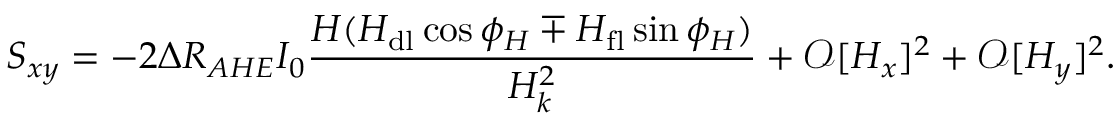
S _ { x y } = - 2 \Delta R _ { A H E } I _ { 0 } \frac { H ( H _ { \mathrm { d l } } \cos { \phi _ { H } } \mp H _ { \mathrm { f l } } \sin { \phi _ { H } } ) } { H _ { k } ^ { 2 } } + \mathcal { O } [ H _ { x } ] ^ { 2 } + \mathcal { O } [ H _ { y } ] ^ { 2 } .